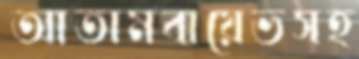
আতামবায়েভসহ